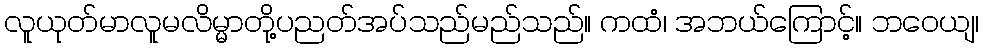
လူယုတ်မာလူမလိမ္မာတို့ပညတ်အပ်သည်မည်သည်။ ကထံ၊ အဘယ်ကြောင့်။ ဘဝေယျ၊